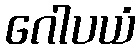
ဂေါပယံ